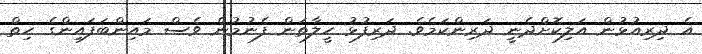
އެ ދިރިއުޅުން އަލިކޮށްދެނީ ދަރިންކަމެވެ. ދަރިފުޅު ހީލާތަން ފެނުމުން ވެސް މައިންބަފައިންގެ ހިތް